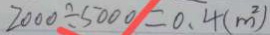
2 0 0 0 \div 5 0 0 0 = 0 . 4 ( m ^ { 2 } )